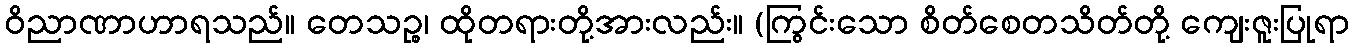
ဝိညာဏာဟာရသည်။ တေသဉ္စ၊ ထိုတရားတို့အားလည်း။ (ကြွင်းသော စိတ်စေတသိတ်တို့ ကျေးဇူးပြုရာ